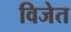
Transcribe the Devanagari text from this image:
विजेत